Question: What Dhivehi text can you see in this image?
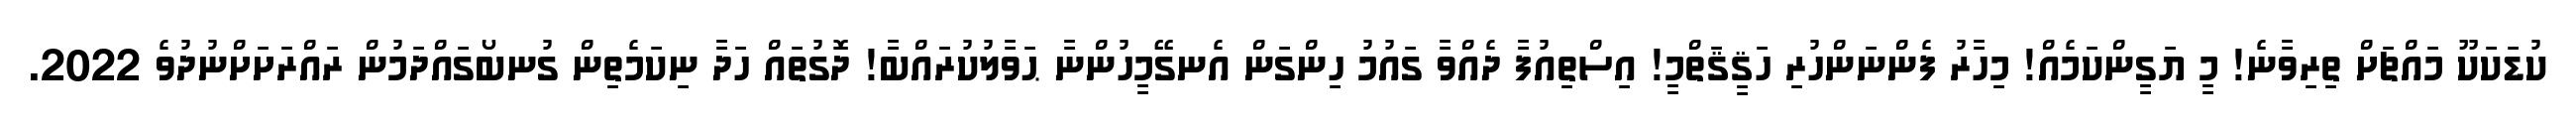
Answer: ކުޑަކަކޫ މައްޗަށް ތިރިވާނެ! މީ ޔަގީންކަމެއް! މިހާރު ފެންނަންހުރި ހަޤީޤަތްމީ! އިސްތިއުފާ ދެއްވާ ގައުމު ހިންގަން އެނގޭމީހުންނާ ޙަވާލުކުރައްބާ! ދޮގުތައް ހަދާ ނިކަމެތިން ގުނބޯގައްދަމުން ރައްރަށަށްނުދުވެ 2022.